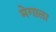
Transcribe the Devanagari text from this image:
मेगाला